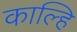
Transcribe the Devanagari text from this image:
काल्हि